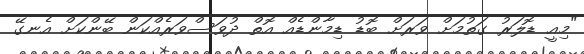
"މިއީ ޑޮލަރު ގަތުމަށް ވަރަށް ބޮޑު ޑިމާންޑެއް އޮތް ދުވަސްވަރެއްކަން ބޭންކަށް އެނގޭ